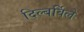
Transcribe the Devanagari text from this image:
दिल्बर्विले